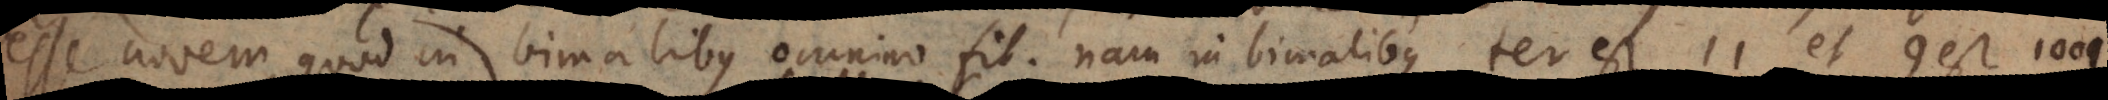
esse novem, quod in bimalibus omnino fit. Nam in bimalibus ter est 11 et 9 est 1001.